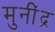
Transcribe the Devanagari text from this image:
मुनींद्र